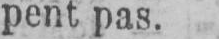
pent pas.